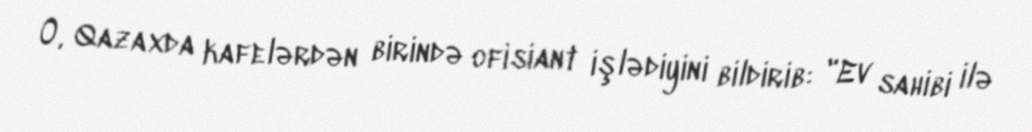
O, Qazaxda kafelərdən birində ofisiant işlədiyini bildirib: "Ev sahibi ilə